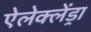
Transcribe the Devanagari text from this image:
ऐलेक्लेंड्रा